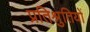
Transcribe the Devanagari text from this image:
प्रतिश्रुतियों